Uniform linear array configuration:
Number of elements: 12
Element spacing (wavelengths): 1
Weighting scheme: blackman
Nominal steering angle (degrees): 15
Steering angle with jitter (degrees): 15.592
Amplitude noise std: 0.05
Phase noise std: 0.05

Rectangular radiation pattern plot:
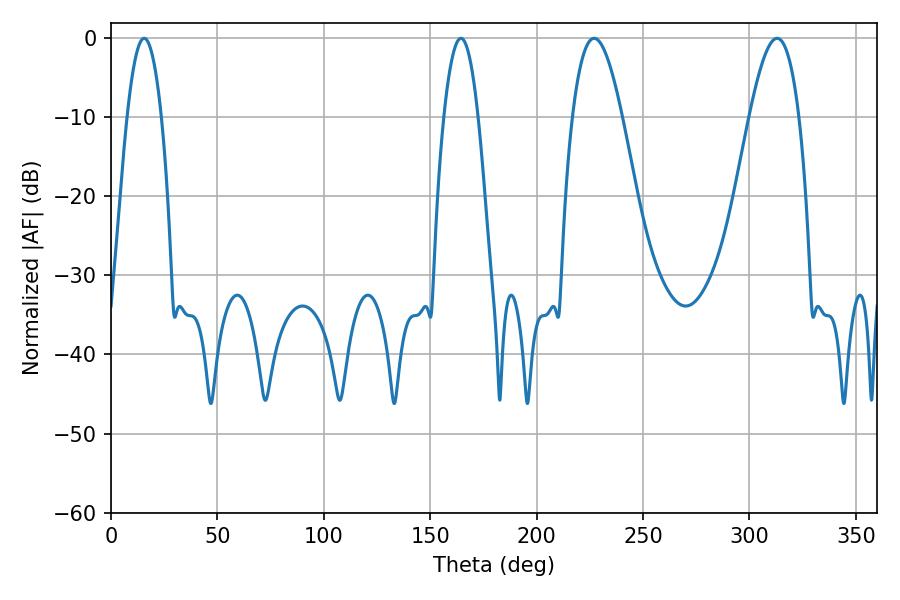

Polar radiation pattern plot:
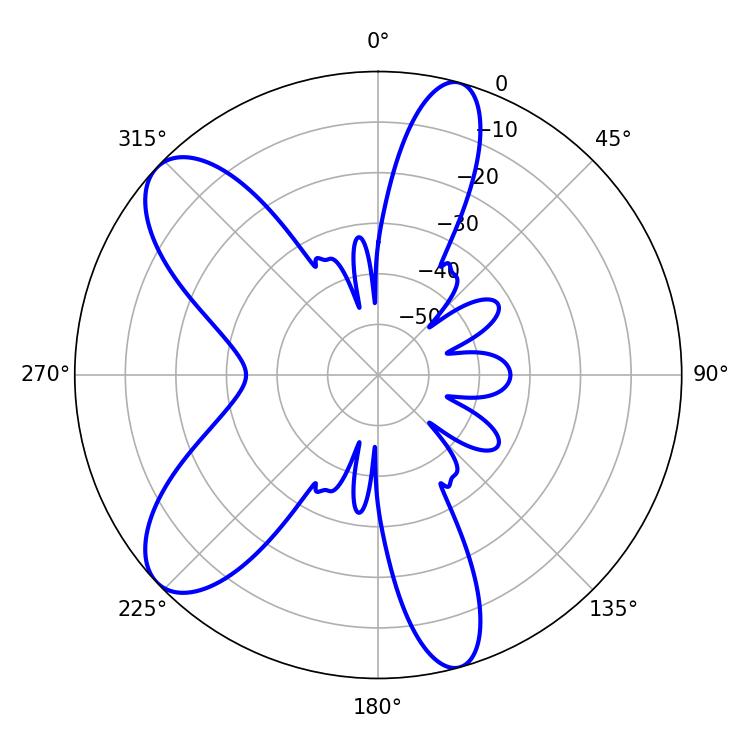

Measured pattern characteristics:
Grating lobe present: TRUE
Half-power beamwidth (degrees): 12.78
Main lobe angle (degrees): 226.98